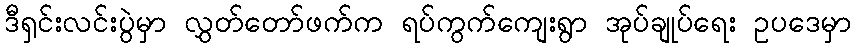
ဒီရှင်းလင်းပွဲမှာ လွှတ်တော်ဖက်က ရပ်ကွက်ကျေးရွာ အုပ်ချုပ်ရေး ဥပဒေမှာ